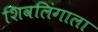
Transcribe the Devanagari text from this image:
शिवलिंगाला